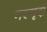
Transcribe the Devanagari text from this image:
मरुमृदा